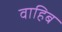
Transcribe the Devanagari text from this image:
वाहिब